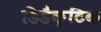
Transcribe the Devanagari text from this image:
डिडैक्टिक